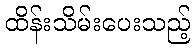
ထိန်းသိမ်းပေးသည့်